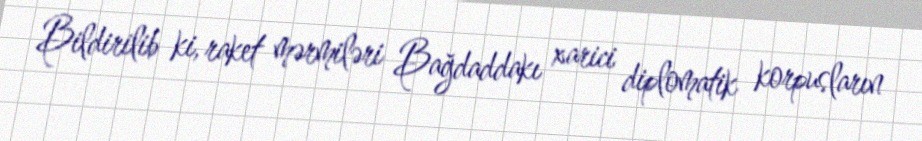
Bildirilib ki, raket mərmiləri Bağdaddakı xarici diplomatik korpusların